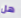
هل